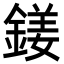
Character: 𨩍